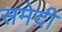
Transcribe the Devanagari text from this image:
समेदी